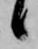
候